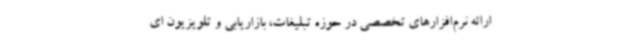
ارائه نرم‌افزارهای تخصصی در حوزه تبلیغات، بازاریابی و تلویزیون ای